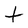
Character: t